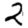
Digit: 2